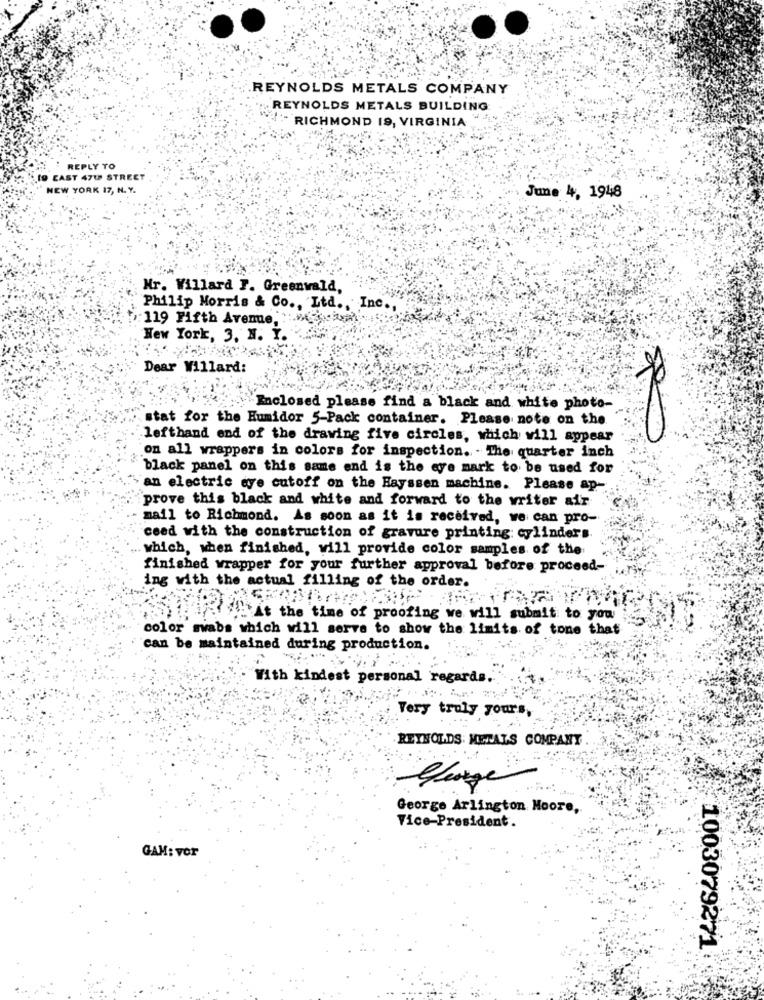
REYNOLDS METALS COMPANY
REYNOLDS METALS BUILDING
" RICHMOND 19, VIRGINIA
REPLY TO
19 CAST 47W STREET
NEW YORK 17, N. Y.
June 4, 1948
Mr. Willard F. Greenwald,
Philip Morris & Co ., Ltd ., Inc .,
: 119 Fifth Avenue ::
New York, 3, N. Y.
Dear Willard:
Enclosed please find a black and white photo-
stat for the Humidor 5-Pack container. Please note on the
lefthand end of the drawing five circles, which will appear
on all wrappers in colors for inspection. - The quarter inch
black panel on this same end is the eye mark to be used for
an electric eye cutoff on the Hayssen machins. Please ap-
prove this black and white and forward to the writer air
mail to Richmond. As soon as it is received, we can pro-
ceed with the construction of gravure printing: cylinders
which, when finished, will provide color samples of the
finished wrapper for your further approval before proceed-
ing with the actual filling of the order.
At the time of proofing we will submit to you
color swabs which will serve to show the limits of tone that
can be maintained during production.
With kindest personal regards.
Very truly yours,
REYNOLDS METALS COMPANY
George Arlington Moore,
Vice-President.
GAM: vor
1003079271